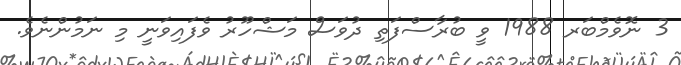
3 ނޮވެމްބަރ 1988 ވީ ބުރާސްފަތި ދުވަސް މަޝްހޫރު ވެފައިވަނީ މި ނަމުންނެވެ.